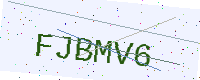
Text: FJBMV6